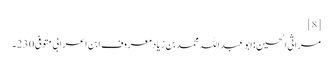
[8]
مراثی الحسین :ابو عبد اللہ محمد بن زیادمعروف ابن اعرابی متوفی 230۔